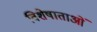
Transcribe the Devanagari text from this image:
विशेषाताओं